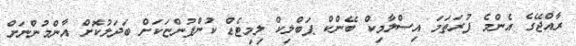
ރާއްޖޭގެ އެންމެ ފުރަތަމަ އިސްލާމިކް ބޭންކް ޕަބްލިކް ލިމިޓެޑް ކުންފުންޏަކަށް ބަދަލުކޮށް އާންމުންނަށް